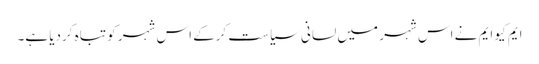
ایم کیو ایم نے اس شہر میں لسانی سیاست کرکے اس شہر کو تباہ کردیا ہے۔